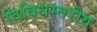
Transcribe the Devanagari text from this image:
विविधस्तरीय